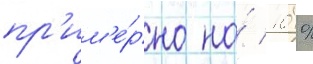
пр'им'е́рно на́ 10 %